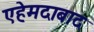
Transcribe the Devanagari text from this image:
एहेमदाबाद